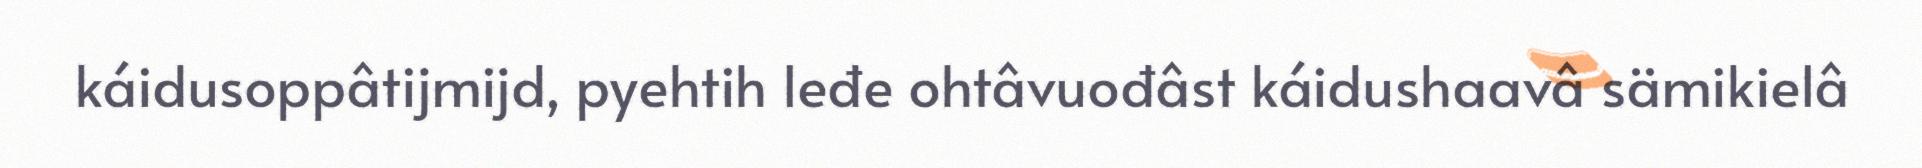
káidusoppâtijmijd, pyehtih leđe ohtâvuođâst káidushaavâ sämikielâ